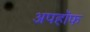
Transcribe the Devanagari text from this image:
अपहॉफ